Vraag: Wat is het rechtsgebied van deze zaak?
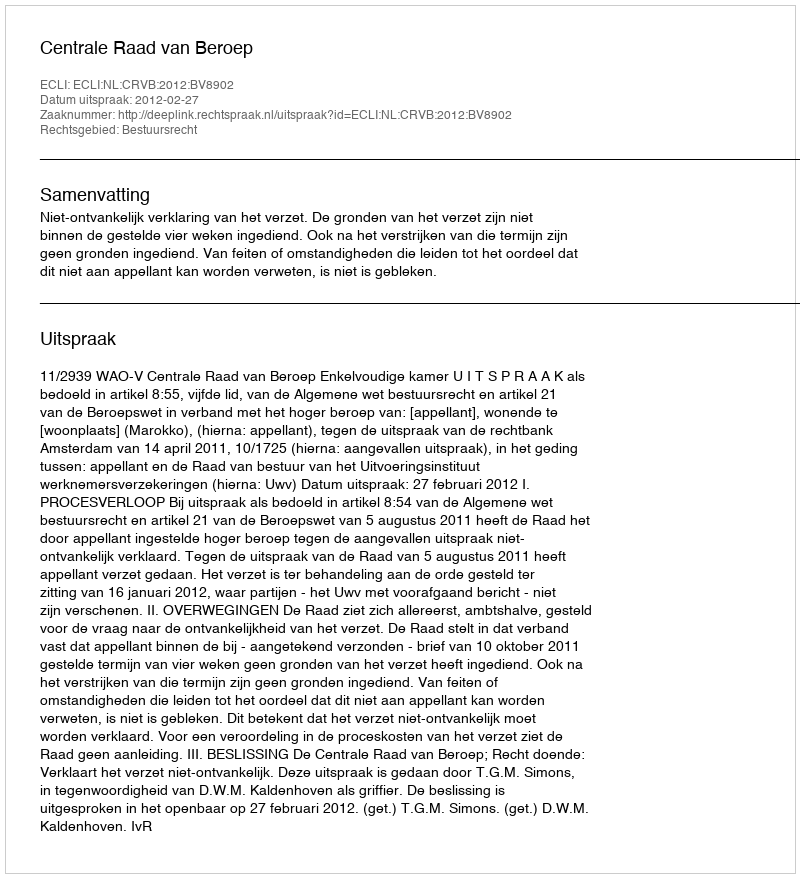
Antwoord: Bestuursrecht